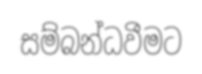
සම්බන්ධවීමට